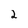
Character: 2